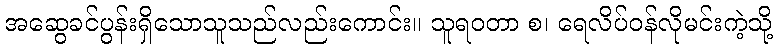
အဆွေခင်ပွန်းရှိသောသူသည်လည်းကောင်း။ သူရဝတာ စ၊ ရေလိပ်ဝန်လိုမင်းကဲ့သို့